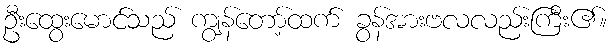
ဦးထွေးမောင်သည် ကျွန်တော့်ထက် ခွန်အားဗလလည်းကြီး၏။